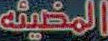
المخينه